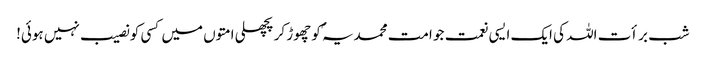
شب برأت اللہ کی ایک ایسی نعمت جو امت محمدیہ ؐکو چھوڑ کر پچھلی امتوں میں کسی کو نصیب نہیں ہوئی!